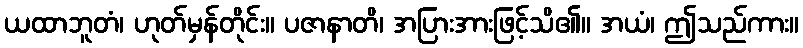
ယထာဘူတံ၊ ဟုတ်မှန်တိုင်း။ ပဇာနာတိ၊ အပြားအားဖြင့်သိ၏။ အယံ၊ ဤသည်ကား။